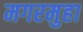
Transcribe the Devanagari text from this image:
मगरमुहा